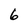
Character: 6